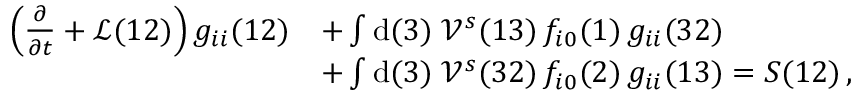
\begin{array} { r l } { \left( \frac { \partial } { \partial t } + \mathcal { L } ( 1 2 ) \right) g _ { i i } ( 1 2 ) } & { + \int \mathrm { d } ( 3 ) \; \mathcal { V } ^ { s } ( 1 3 ) \, f _ { i 0 } ( 1 ) \, g _ { i i } ( 3 2 ) } \\ & { + \int \mathrm { d } ( 3 ) \; \mathcal { V } ^ { s } ( 3 2 ) \, f _ { i 0 } ( 2 ) \, g _ { i i } ( 1 3 ) = S ( 1 2 ) \, , } \end{array}